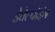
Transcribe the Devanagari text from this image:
डेवेल्पॉइंग